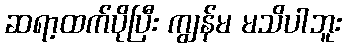
ဆရာ့ထက်ပိုပြီး ကျွန်မ မသိပါဘူး